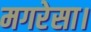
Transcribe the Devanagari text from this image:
मगरेसा।